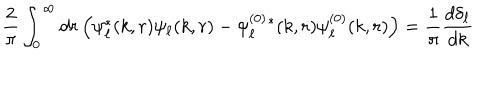
\frac { 2 } { \pi } \int _ { 0 } ^ { \infty } d r \left( \psi _ { \ell } ^ { * } ( k , r ) \psi _ { \ell } ( k , r ) - \psi _ { \ell } ^ { ( 0 ) } { } ^ { * } ( k , r ) \psi _ { \ell } ^ { ( 0 ) } ( k , r ) \right) = \frac { 1 } { \pi } \frac { d \delta _ { \ell } } { d k }